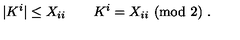
| K ^ { i } | \leq X _ { i i } \qquad K ^ { i } = X _ { i i } \ ( \mathrm { m o d } \ 2 ) \ .